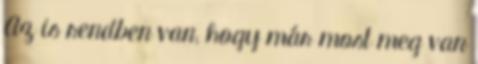
Az is rendben van, hogy már most meg van